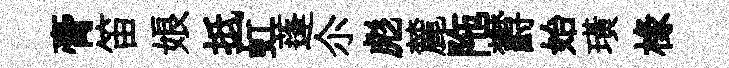
膏笛娘抵虹蓬尒彪麓陁欝始璜椽